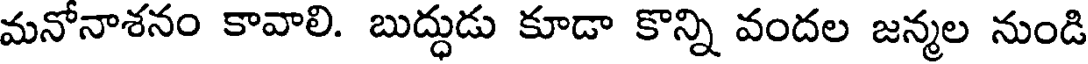
మనోనాశనం కావాలి. బుద్ధుడు కూడా కొన్ని వందల జన్మల నుండి